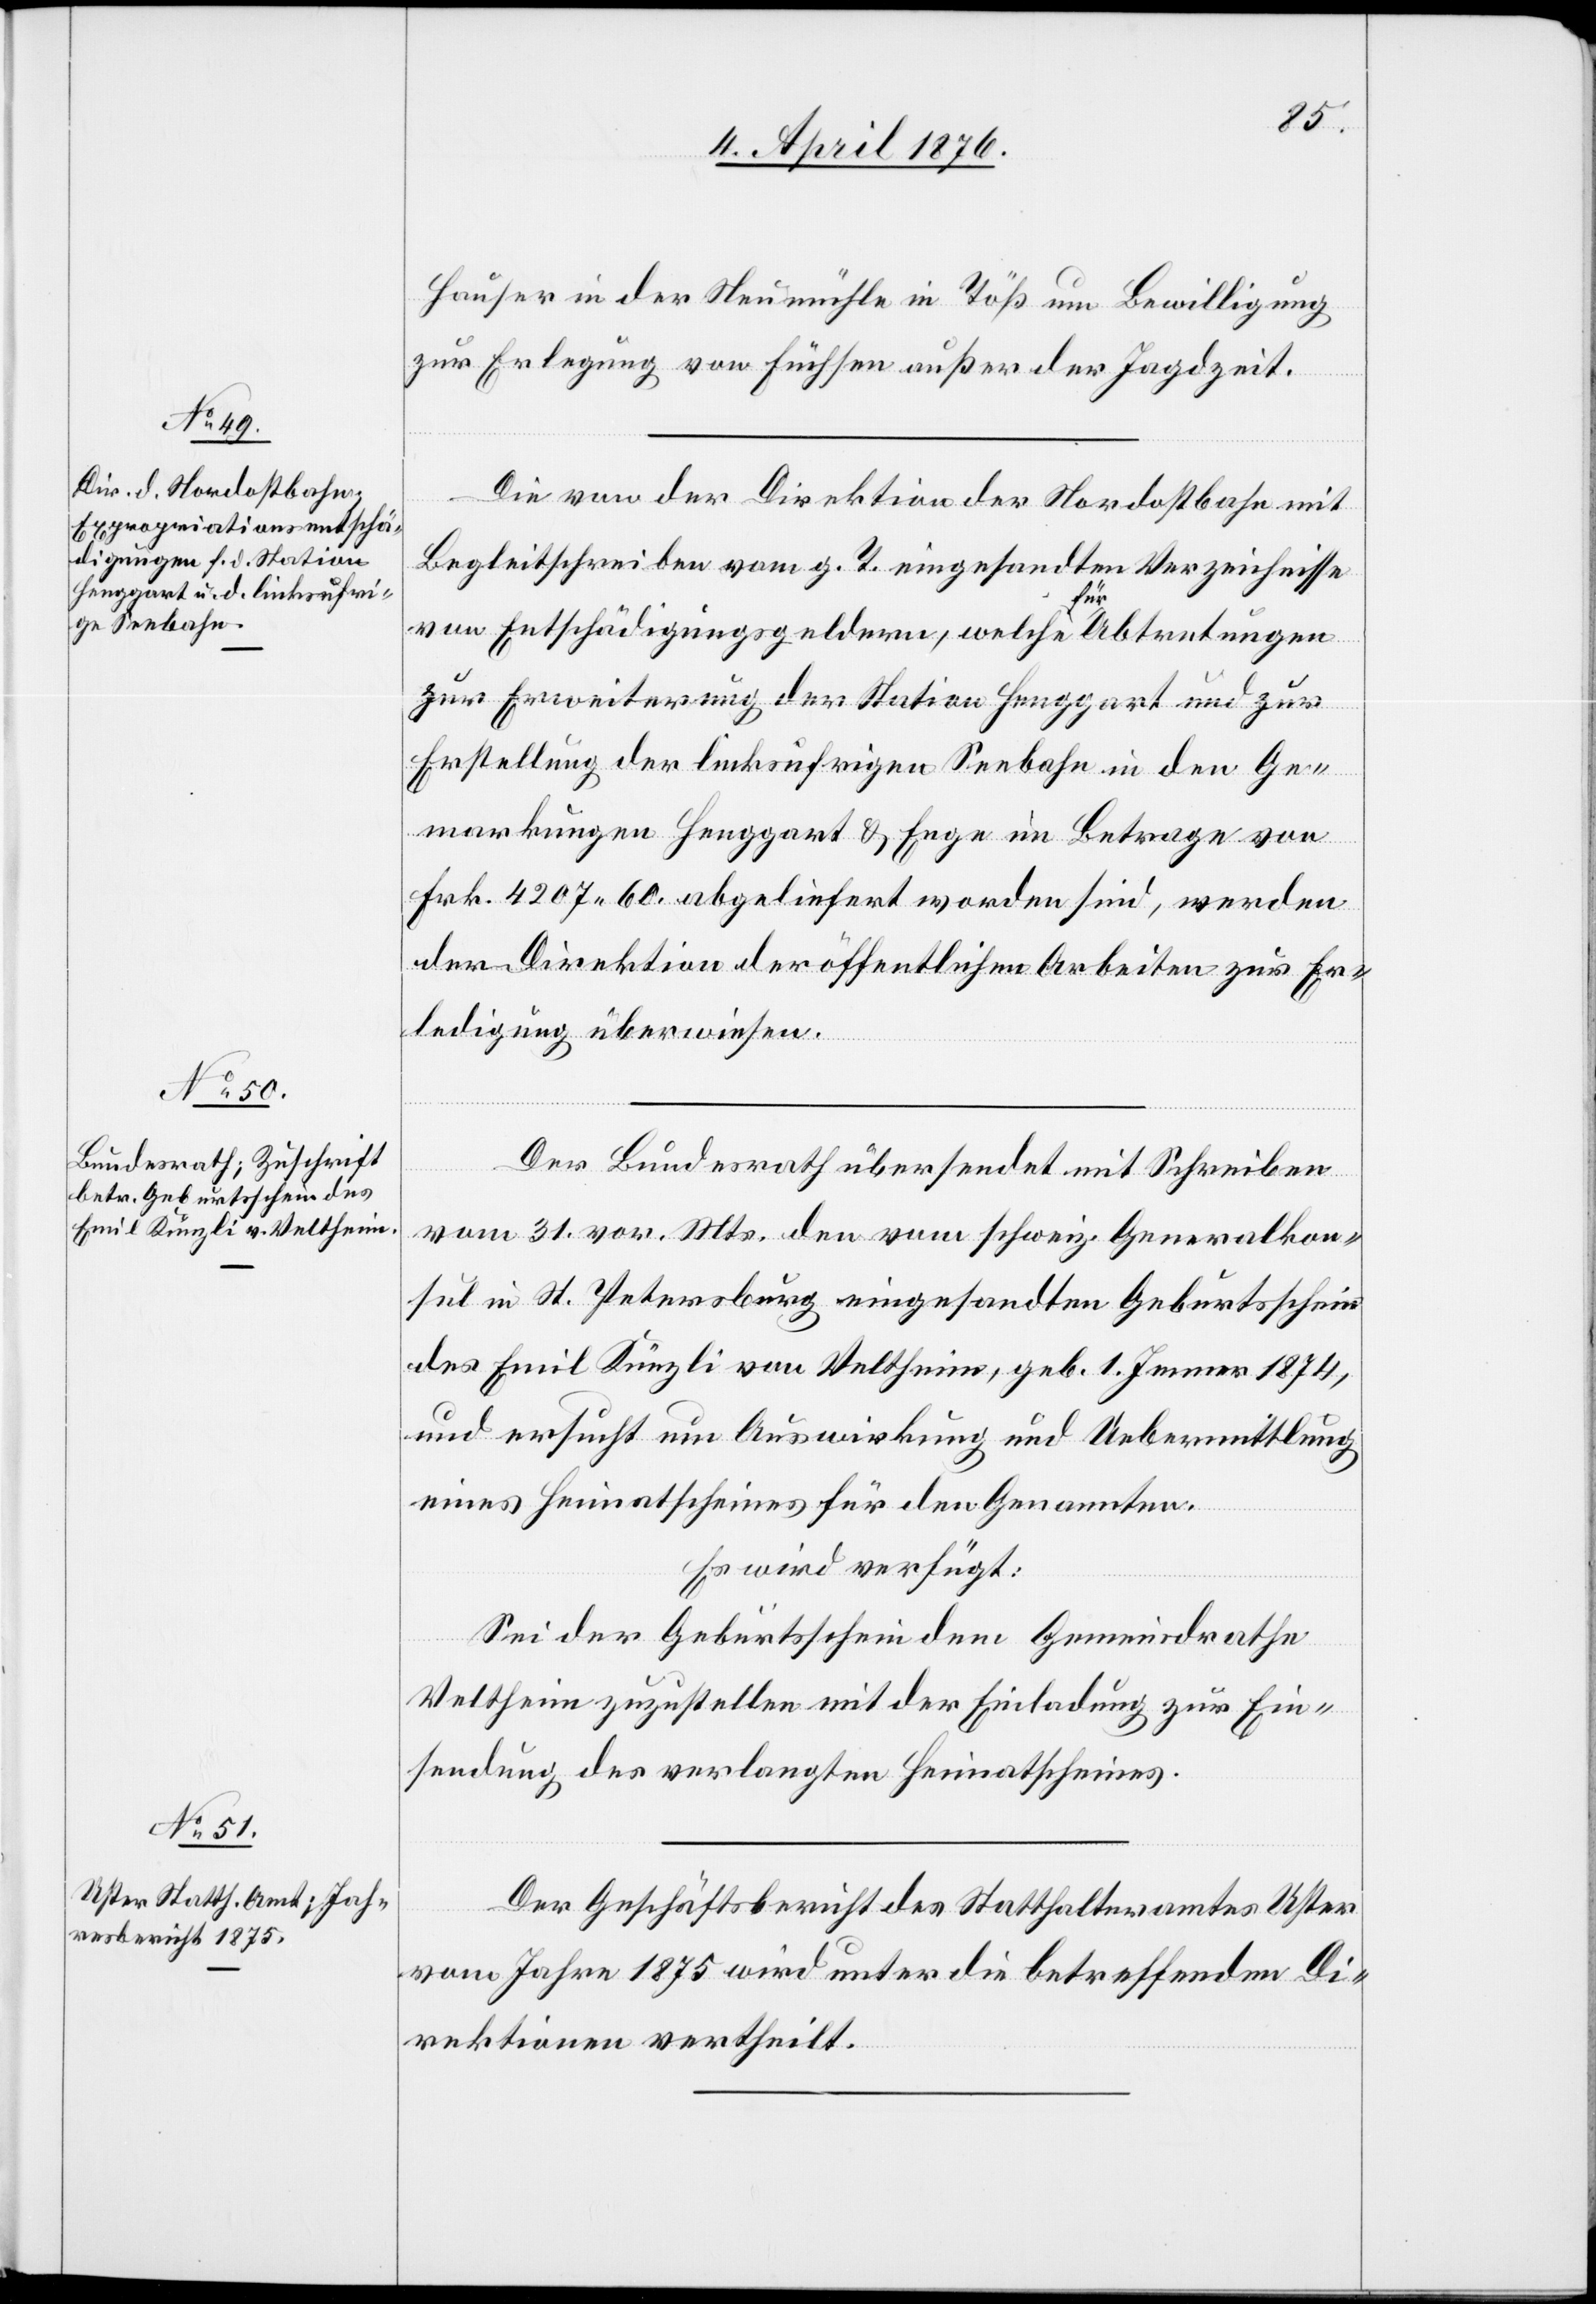
5. April 1876.]
Hauser in der Neumühle in Töß um Bewilligung
zur Erlegung von Füchsen außer der Jagdzeit.
Die von der Direktion der Nordostbahn mit
Begleitschreiben vom g. T. eingesandten Verzeichnisse
von Entschädigungsgeldern, welche für Abtretungen
zur Erweiterung der Station Henggart und zur
Erstellung der linksufrigen Seebahn in den Ge¬
markungen Henggart & Enge im Betrage von
Frk. 4207 60. abgeliefert worden sind, werden
der Direktion der öffentlichen Arbeiten zur Er¬
ledigung überwiesen.
Der Bundesrath übersendet mit Schreiben
vom 31. vor. Mts. den vom schweiz. Generalkon¬
sul in St. Petersburg eingesandten Geburtsschein
des Emil Künzli von Veltheim, geb. 1. Jenner 1874,
und ersucht um Auswirkung und Uebermittlung
eines Heimatscheines für den Genannten.
Es wird verfügt:
Sei der Geburtsschein dem Gemeindrathe
Veltheim zuzustellen mit der Einladung zur Ein¬
sendung des verlangten Heimatscheines.
Der Geschäftsbericht des Statthalteramtes Uster
vom Jahre 1875 wird unter die betreffenden Di¬
rektionen vertheilt.